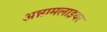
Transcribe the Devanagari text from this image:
अन्नामलाइयर